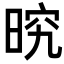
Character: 𭦒